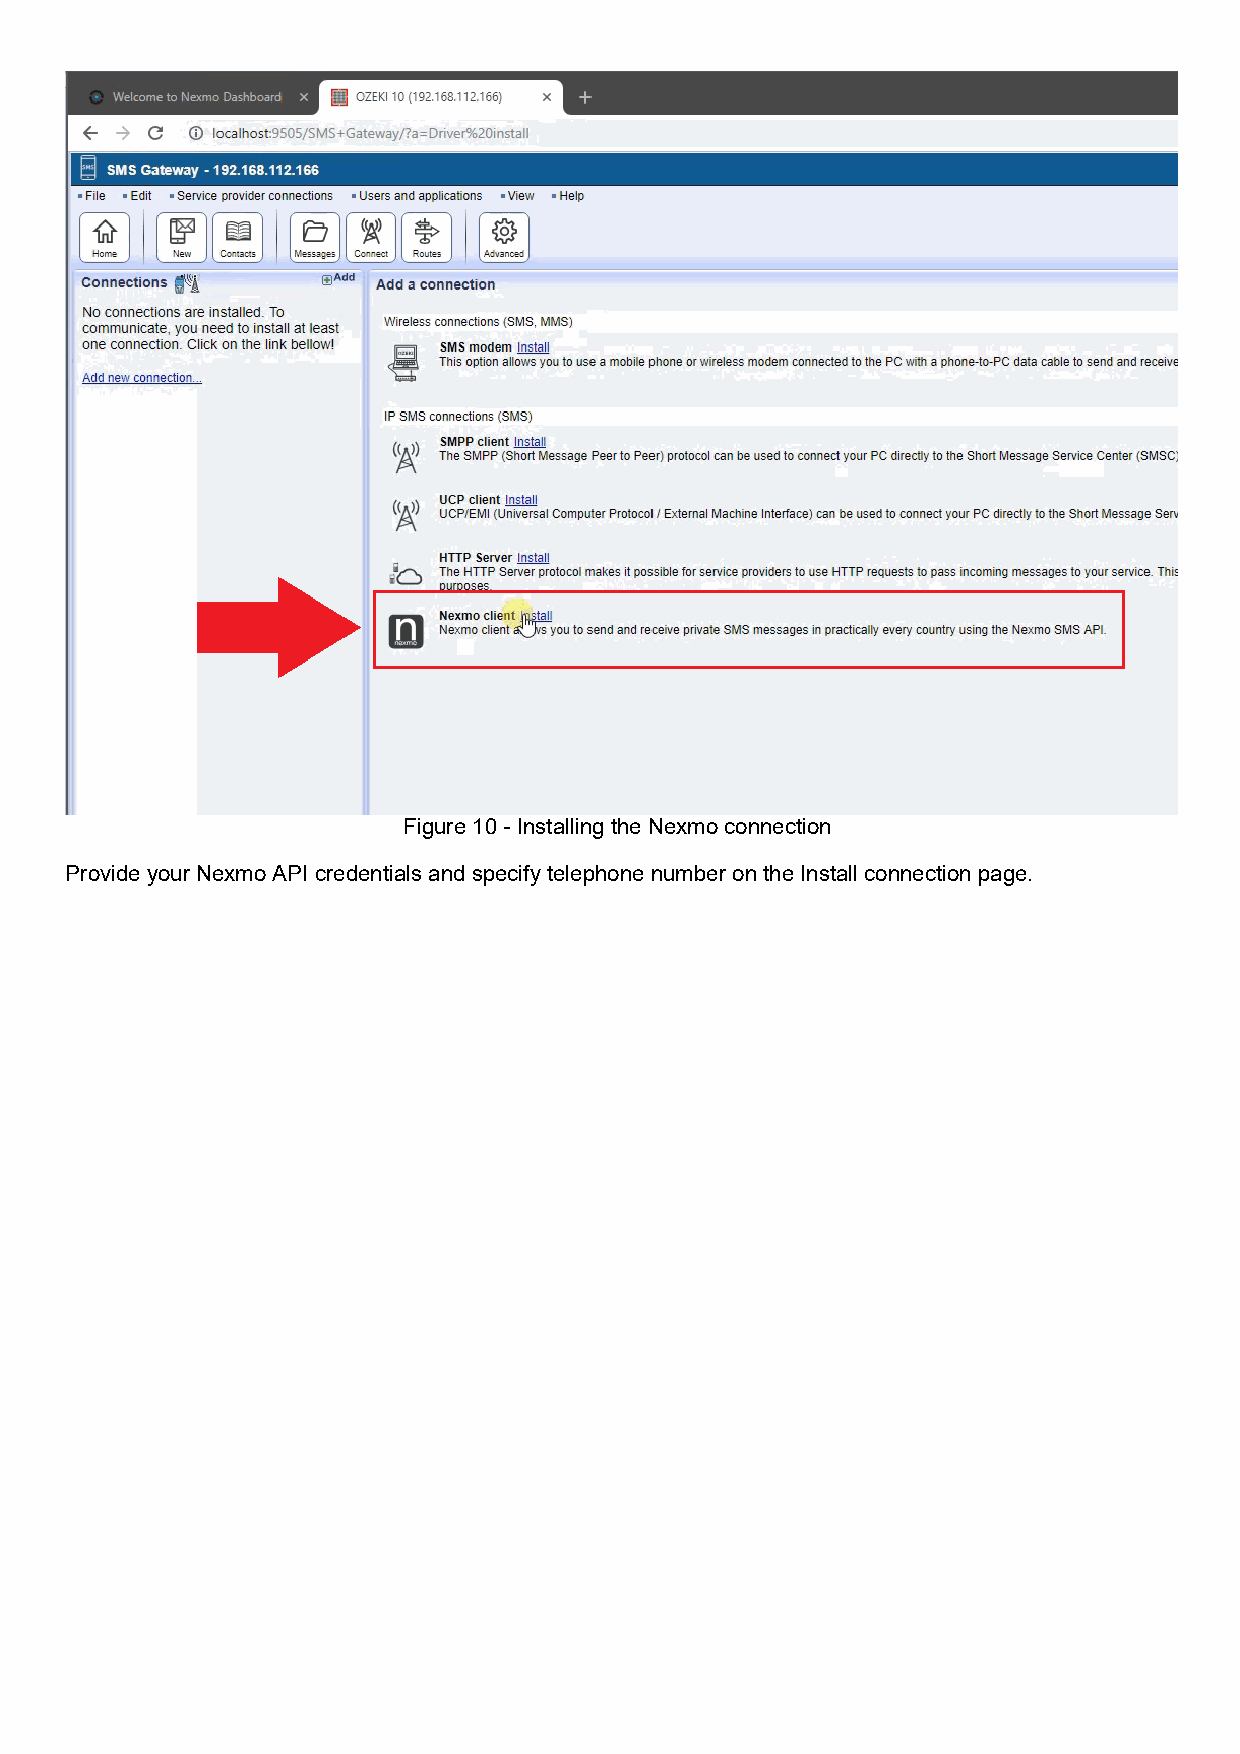
Figure 10 - Installing the Nexmo connection
 Provide your Nexmo API credentials and specify telephone number on the Install connection page.